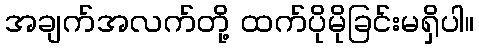
အချက်အလက်တို့ ထက်ပိုမိုခြင်းမရှိပါ။